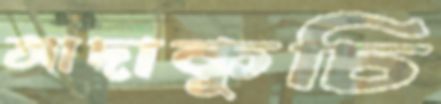
আদাকুচি